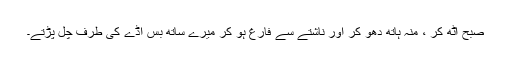
صبح اٹھ کر ، منہ ہاتھ دھو کر اور ناشتے سے فارغ ہو کر میرے ساتھ بس اڈے کی طرف چل پڑتے۔